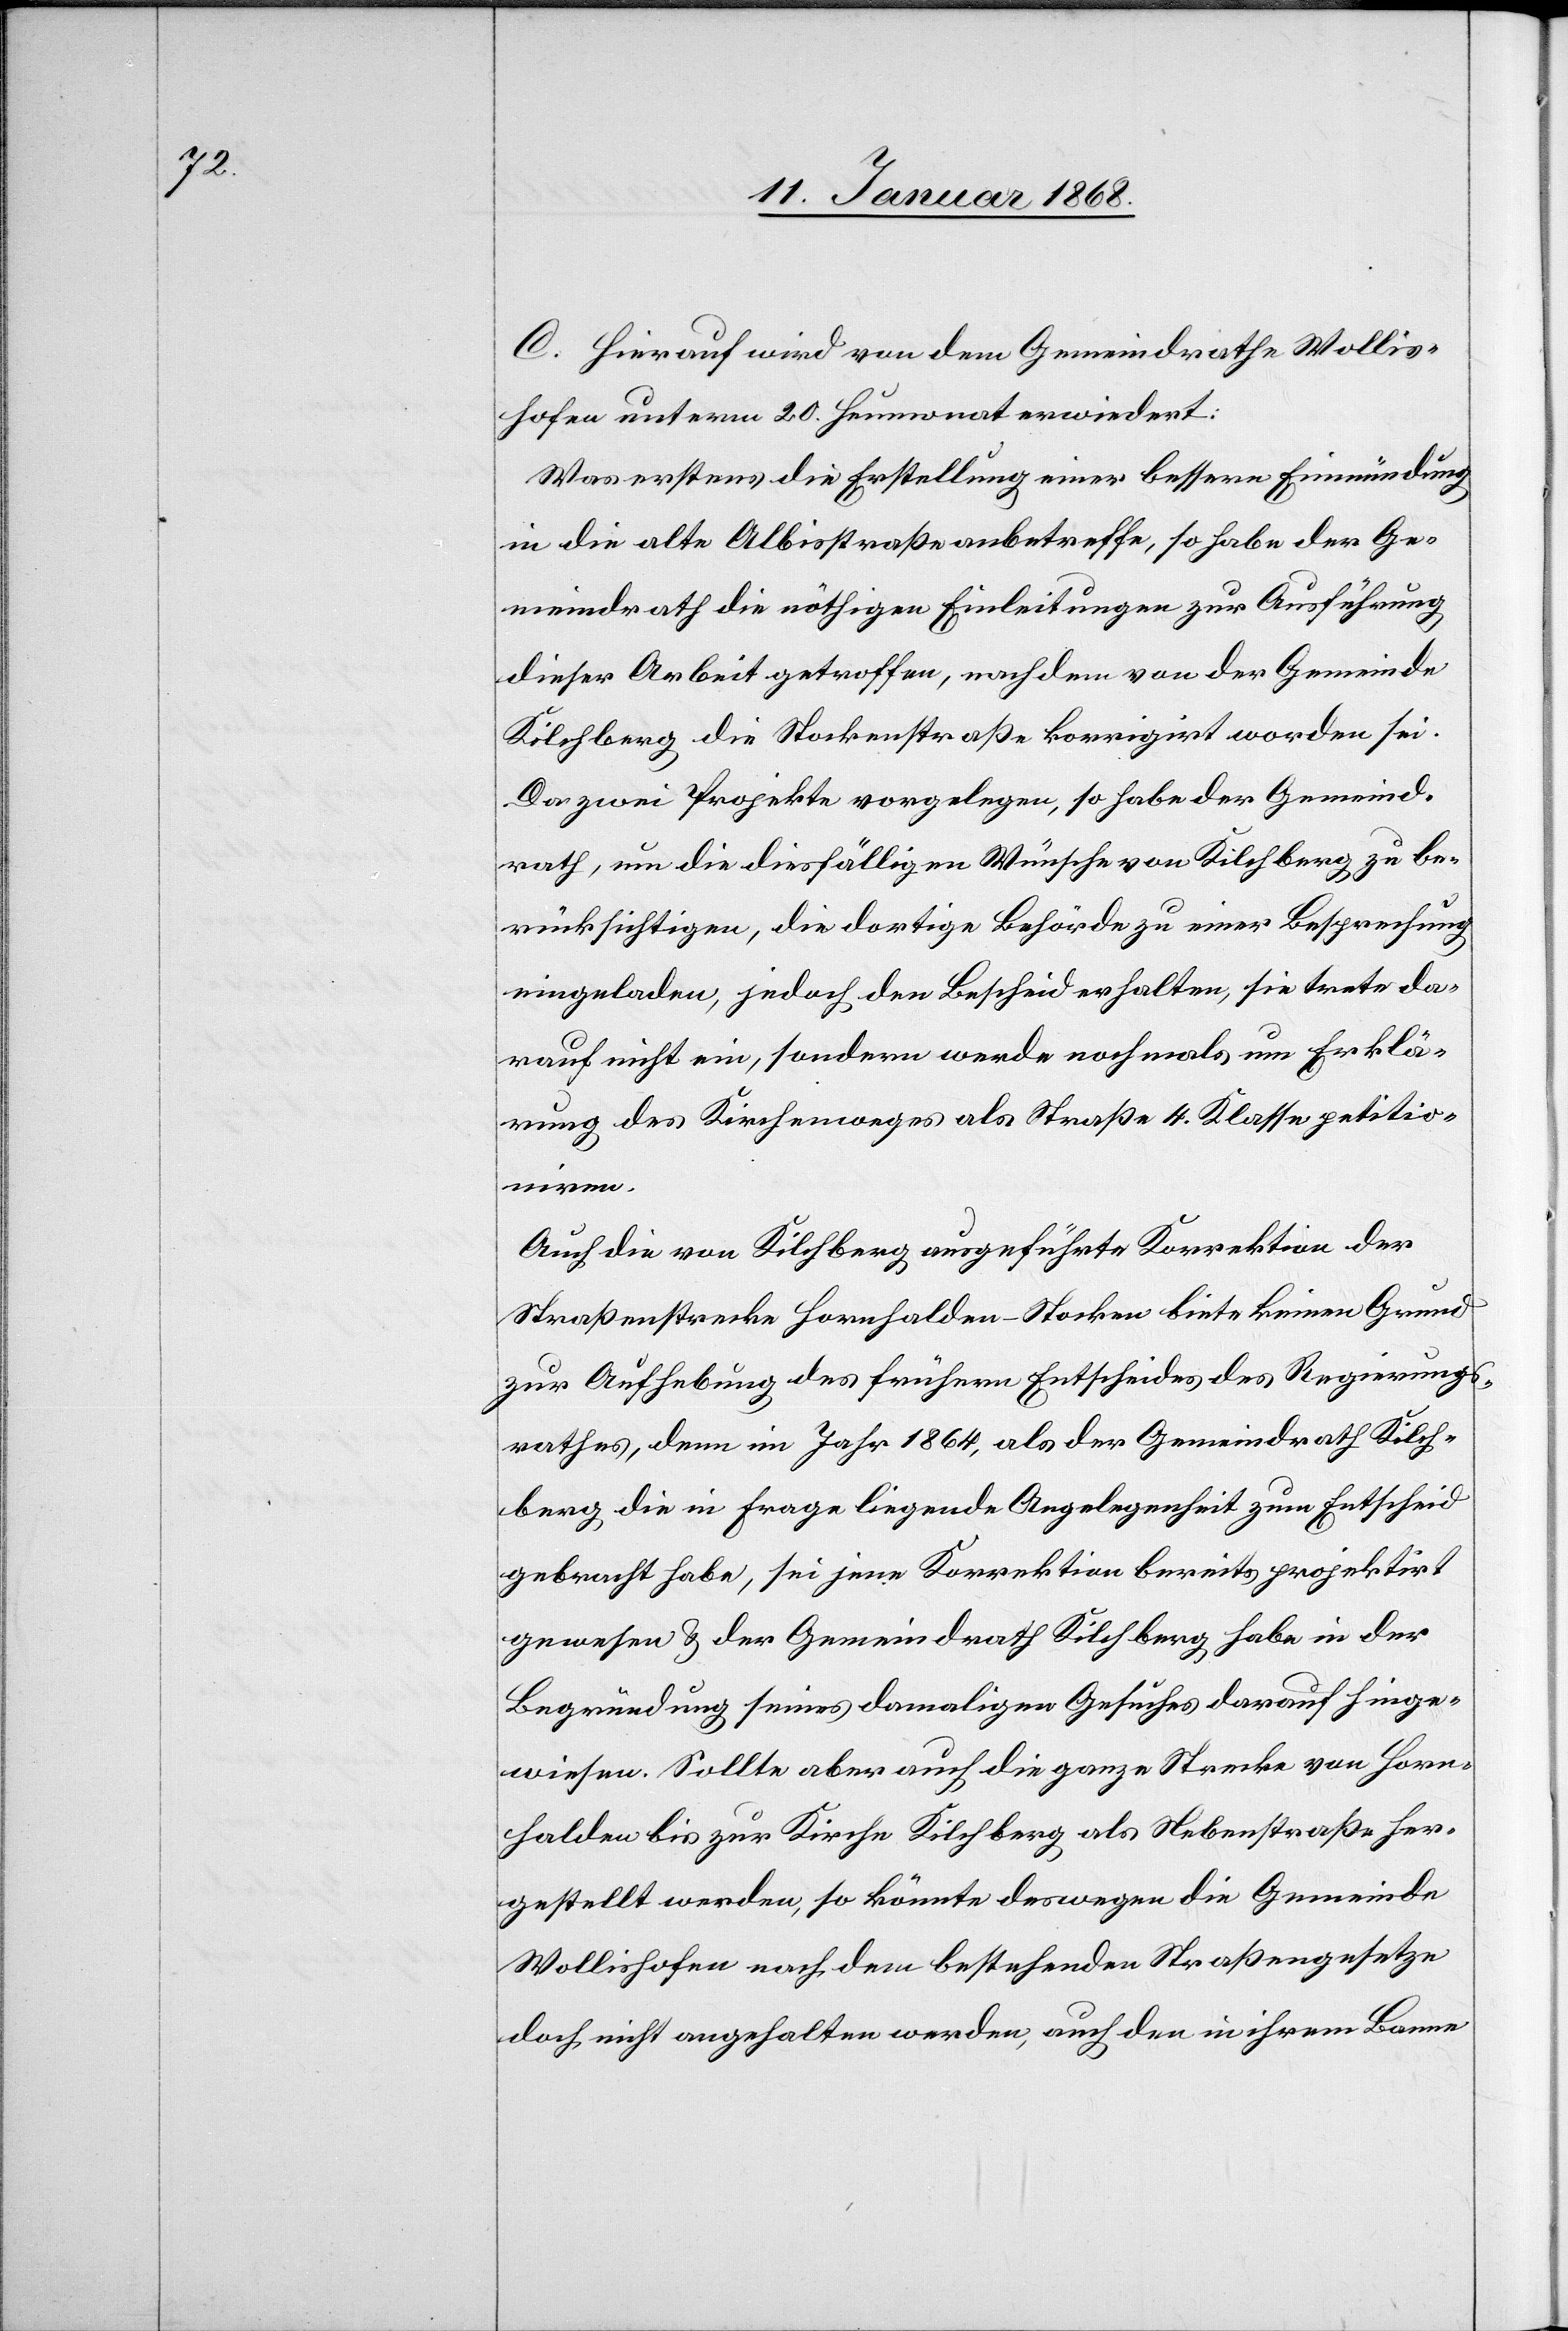
C. Hierauf wird von dem Gemeindrathe Wollis¬
hofen unterm 20. Heumonat erwiedert:
Was erstens die Erstellung einer bessern Einmündung
in die alte Albisstraße anbetreffe, so habe der Ge¬
meindrath die nöthigen Einleitungen zur Ausführung
dieser Arbeit getroffen, nachdem von der Gemeinde
Kilchberg die Stockenstraße korrigirt worden sei.
Da zwei Projekte vorgelegen, so habe der Gemeind¬
rath, um die diesfälligen Wünsche von Kilchberg zu be¬
rücksichtigen, die dortige Behörde zu einer Besprechung
eingeladen, jedoch den Bescheid erhalten, sie trete da¬
rauf nicht ein, sondern werde nochmals um Erklä¬
rung des Kirchenweges als Straße 4. Klasse petitio¬
niren.
Auch die von Kilchberg ausgeführte Korrektion der
Straßenstrecke Hornhalden-Stocken biete keinen Grund
zur Aufhebung des frühern Entscheides des Regierungs¬
rathes, denn im Jahr 1864, als der Gemeindrath Kilch¬
berg die in Frage liegende Angelegenheit zum Entscheid
gebracht habe, sei jene Korrektion bereits projektirt
gewesen & der Gemeindrath Kilchberg habe in der
Begründung seines damaligen Gesuches darauf hinge¬
wiesen. Sollte aber auch die ganze Strecke von Horn¬
halden bis zur Kirche Kilchberg als Nebenstraße her¬
gestellt werden, so könnte deswegen die Gemeinde
Wollishofen nach dem bestehenden Straßengesetze
doch nicht angehalten werden, auch den in ihrem Banne